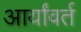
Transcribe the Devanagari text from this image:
आर्यांवर्त